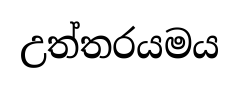
උත්තරයමය